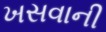
ખસવાની